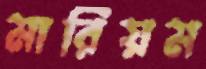
মারিয়ম